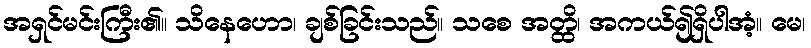
အရှင်မင်းကြီး၏။ သိနေဟော၊ ချစ်ခြင်းသည်။ သစေ အတ္ထိ၊ အကယ်၍ရှိပါအံ့။ မေ၊